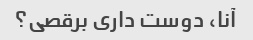
آنا، دوست داری برقصی؟